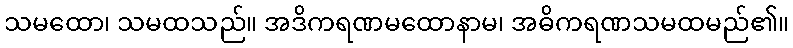
သမထော၊ သမထသည်။ အဒိကရဏမထောနာမ၊ အဓိကရဏသမထမည်၏။